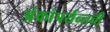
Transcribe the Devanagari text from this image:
अंकांपर्यन्तची